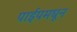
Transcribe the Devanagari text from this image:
पाईपमधून